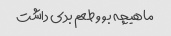
ماهیچه بو و طعم بدی داشت